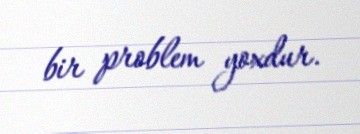
bir problem yoxdur.